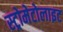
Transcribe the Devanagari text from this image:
स्ट्रोमेटोलाइट